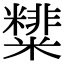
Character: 𥽑